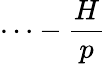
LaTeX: \cdots-\frac{H}{p}